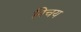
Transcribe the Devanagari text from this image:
निचय